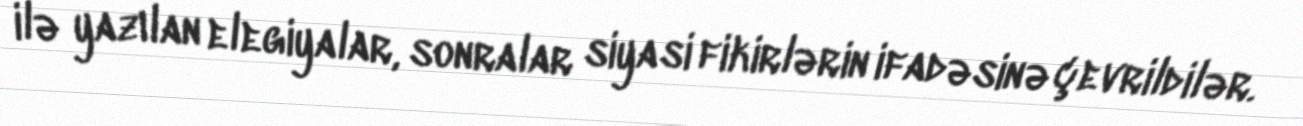
ilə yazılan elegiyalar, sonralar siyasi fikirlərin ifadəsinə çevrildilər.